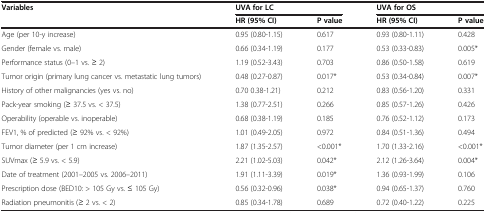
| Variables | <COLSPAN=2> UVA for LC | <COLSPAN=2> UVA for OS |
 |  | HR (95% CI) | P value | HR (95% CI) | P value |
 | --- | --- | --- | --- | --- |
 | Age (per 10-y increase) | 0.95 (0.80-1.15) | 0.617 | 0.93 (0.80-1.11) | 0.428 |
 | Gender (female vs. male) | 0.66 (0.34-1.19) | 0.177 | 0.53 (0.33-0.83) | 0.005* |
 | Performance status (0–1 vs. ≥ 2) | 1.19 (0.52-3.43) | 0.703 | 0.86 (0.50-1.58) | 0.619 |
 | Tumor origin (primary lung cancer vs. metastatic lung tumors) | 0.48 (0.27-0.87) | 0.017* | 0.53 (0.34-0.84) | 0.007* |
 | History of other malignancies (yes vs. no) | 0.70 0.38-1.21) | 0.212 | 0.83 (0.56-1.20) | 0.331 |
 | Pack-year smoking (≥ 37.5 vs. < 37.5) | 1.38 (0.77-2.51) | 0.266 | 0.85 (0.57-1.26) | 0.426 |
 | Operability (operable vs. inoperable) | 0.68 (0.38-1.19) | 0.185 | 0.76 (0.52-1.12) | 0.173 |
 | FEV1, % of predicted (≥ 92% vs. < 92%) | 1.01 (0.49-2.05) | 0.972 | 0.84 (0.51-1.36) | 0.494 |
 | Tumor diameter (per 1 cm increase) | 1.87 (1.35-2.57) | <0.001* | 1.70 (1.33-2.16) | <0.001* |
 | SUVmax (≥ 5.9 vs. < 5.9) | 2.21 (1.02-5.03) | 0.042* | 2.12 (1.26-3.64) | 0.004* |
 | Date of treatment (2001–2005 vs. 2006–2011) | 1.91 (1.11-3.39) | 0.019* | 1.36 (0.93-1.99) | 0.106 |
 | Prescription dose (BED10: > 105 Gy vs. ≤ 105 Gy) | 0.56 (0.32-0.96) | 0.038* | 0.94 (0.65-1.37) | 0.760 |
 | Radiation pneumonitis (≥ 2 vs. < 2) | 0.85 (0.34-1.78) | 0.689 | 0.72 (0.40-1.22) | 0.225 |